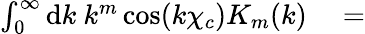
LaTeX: \begin{array}{rl}{\int_{0}^{\infty}\mathrm{d}k\ k^{m}\cos(k\chi_{c})K_{m}(k)}&{{}=}\end{array}